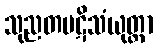
သုညတပဋိသံယုတ္တာ